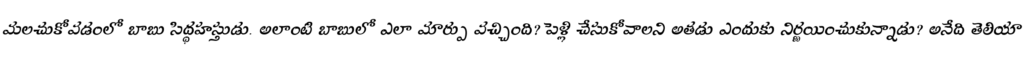
మలచుకోవడంలో బాబు సిద్ధహస్తుడు. అలాంటి బాబులో ఎలా మార్పు వచ్చింది? పెళ్లి చేసుకోవాలని అతడు ఎందుకు నిర్ణయించుకున్నాడు? అనేది తెలియా